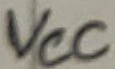
Text: VCC